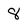
Character: 8